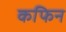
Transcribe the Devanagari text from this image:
कफिन